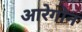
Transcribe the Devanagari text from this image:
आरेगोन